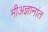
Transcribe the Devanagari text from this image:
मीअज्ञानांत